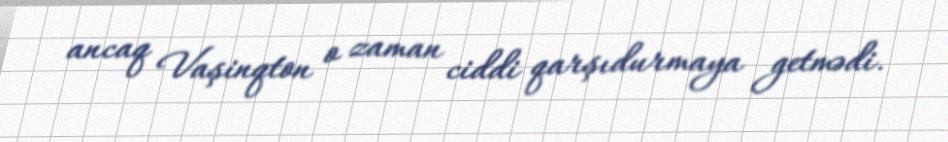
ancaq Vaşinqton o zaman ciddi qarşıdurmaya getmədi.